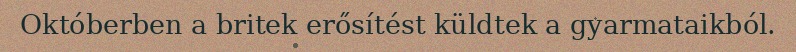
Októberben a britek erősítést küldtek a gyarmataikból.